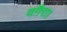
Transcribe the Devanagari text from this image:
वग़ैरा।